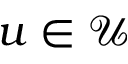
u \in \mathcal U